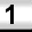
Digit: 1